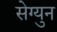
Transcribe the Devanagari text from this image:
सेग्युन